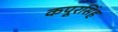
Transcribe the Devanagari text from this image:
कपूरसिंह